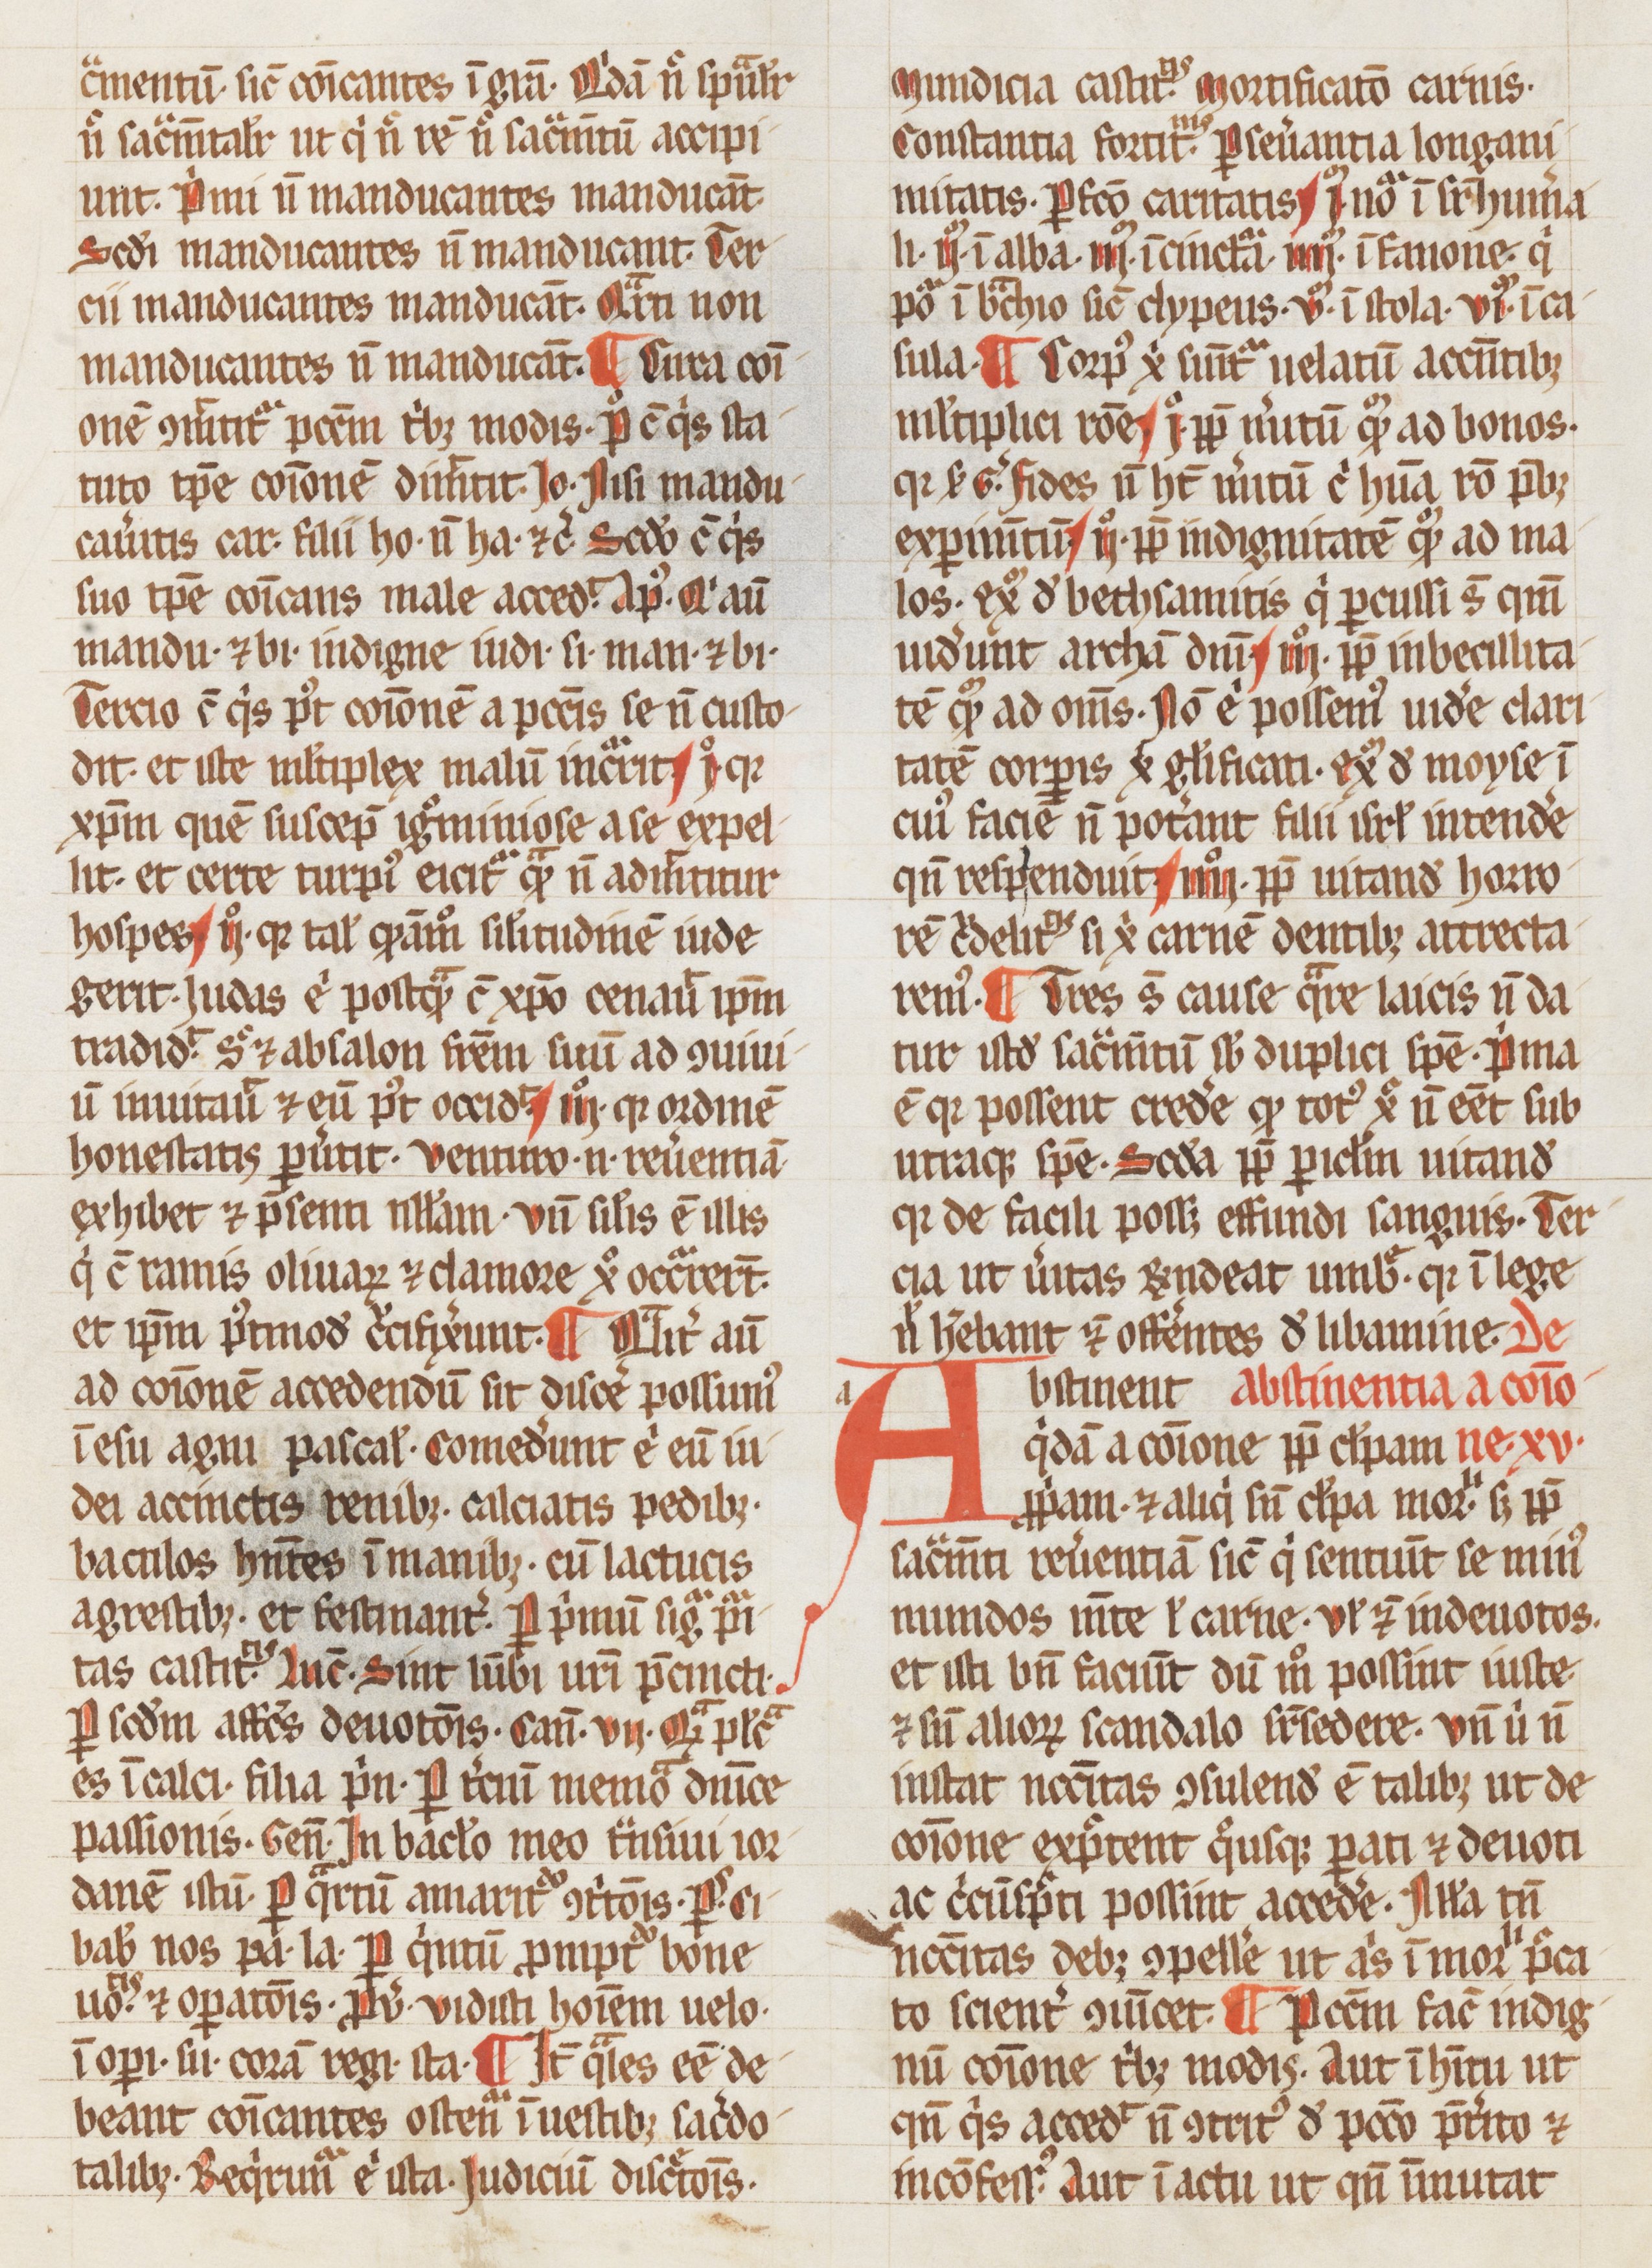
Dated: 1265–1285